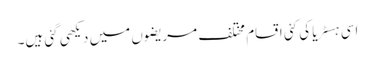
اسی ہسٹریا کی کئی اقسام مختلف مریضوں میں دیکھی گئی ہیں۔